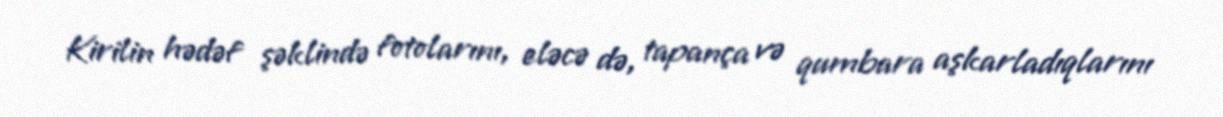
Kirilin hədəf şəklində fotolarını, eləcə də, tapança və qumbara aşkarladıqlarını